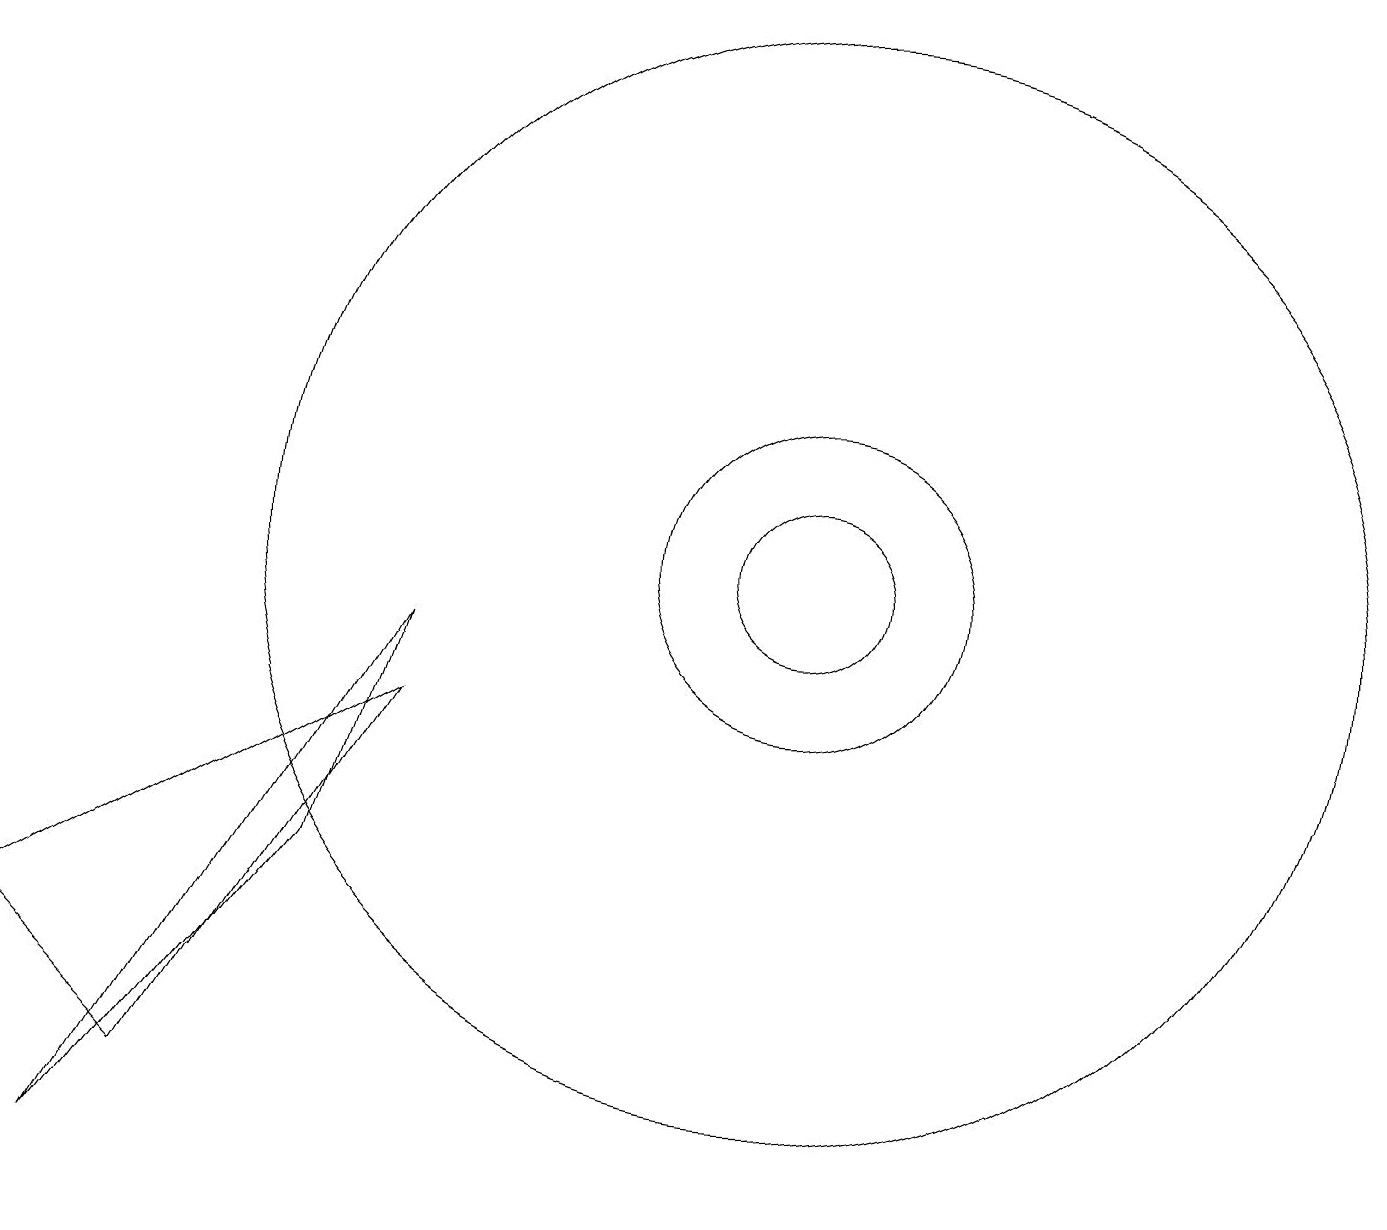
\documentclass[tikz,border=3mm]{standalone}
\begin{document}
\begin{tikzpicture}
\draw (10,10) circle (7);
\draw (4,6) -- (5,9) -- (1,2) -- cycle;
\draw (10,10) circle (2);
\draw (10,10) circle (1);
\draw (0,5) -- (5,8) -- (2,3) -- cycle;
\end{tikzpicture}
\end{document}